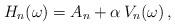
LaTeX: \begin{align*}H_n(\omega) = A_n + \alpha \, V_n(\omega) \, ,\end{align*}